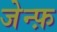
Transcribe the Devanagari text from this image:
जेन्फ़